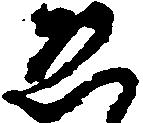
ゑ